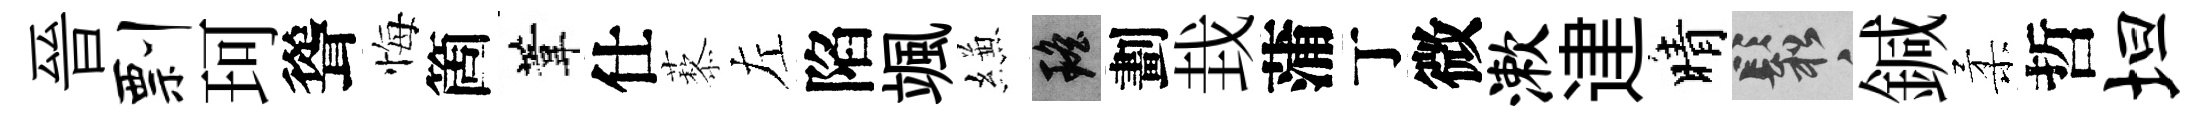
晉剽珂聳悔箇葦仕藜左陷颯縑瑶劃㘽蒲丁微漱䢖晴鬆鍼柔哲坦